Triennial report on the lunatic asylums in the province of Eastern Bengal and Assam - 1903-1911
Year: 1903
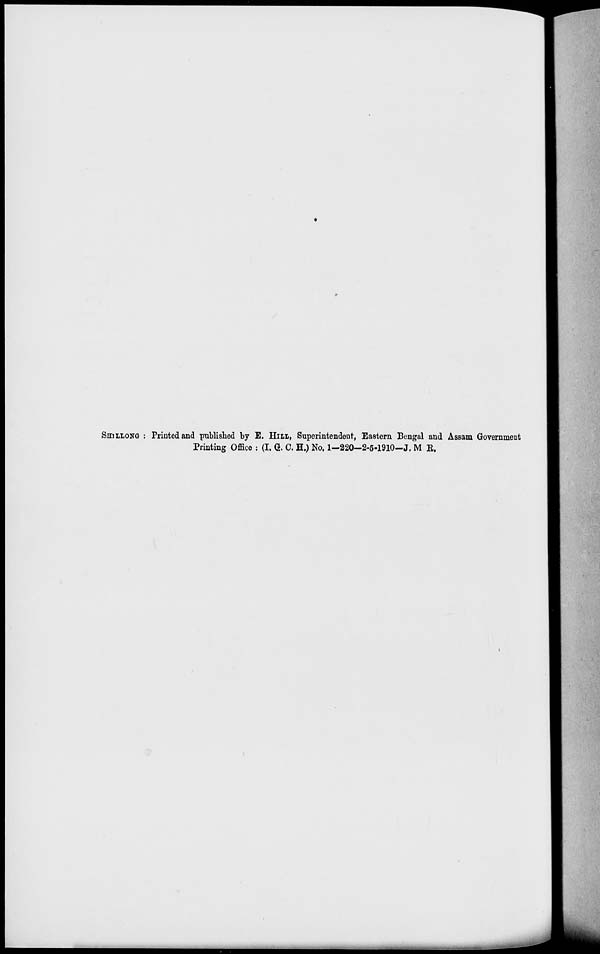
SHILLONG : Printed and published by E. HILL, Superintendent, Eastern Bengal and Assam Government
Printing Office : (I. G. C. H.) No. 1—220—2-5-1910—J. M R.